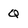
Character: Q